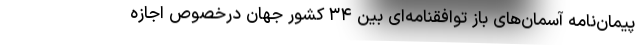
پیمان‌نامه آسمان‌های باز توافقنامه‌ای بین ۳۴ کشور جهان درخصوص اجازه